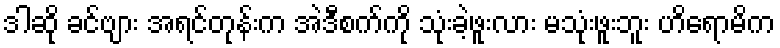
ဒါဆို ခင်ဗျား အရင်တုန်းက အဲဒီစက်ကို သုံးခဲ့ဖူးလား မသုံးဖူးဘူး ဟိရောမိက